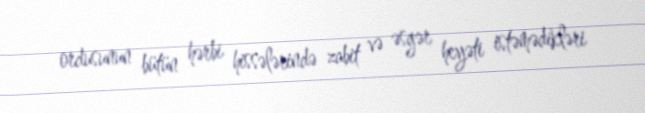
ordusunun bütün hərbi hissələrində zabit və əsgər heyəti istəmədikləri